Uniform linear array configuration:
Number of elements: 64
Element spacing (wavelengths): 1
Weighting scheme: binomial
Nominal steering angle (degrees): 45
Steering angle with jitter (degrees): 45.899
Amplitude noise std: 0.05
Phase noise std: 0.05

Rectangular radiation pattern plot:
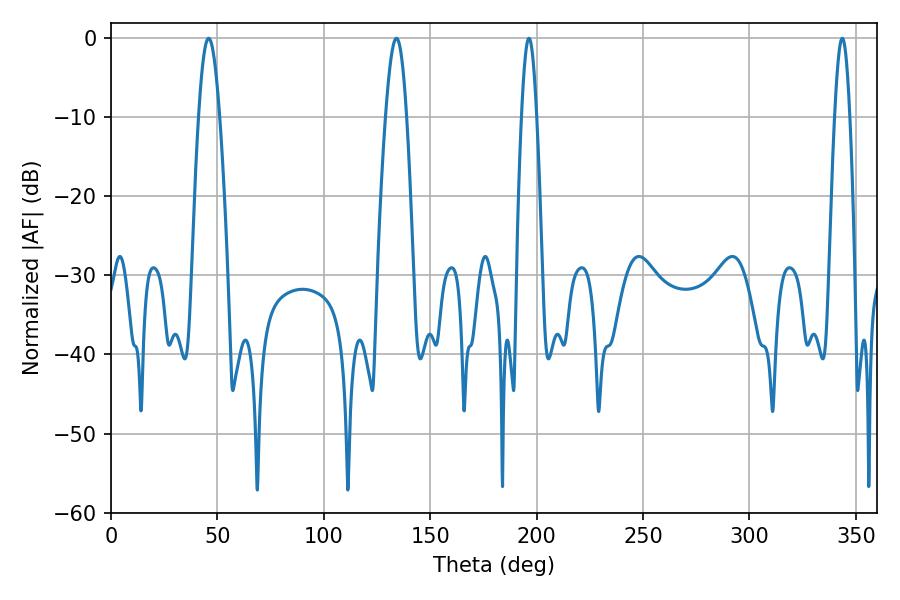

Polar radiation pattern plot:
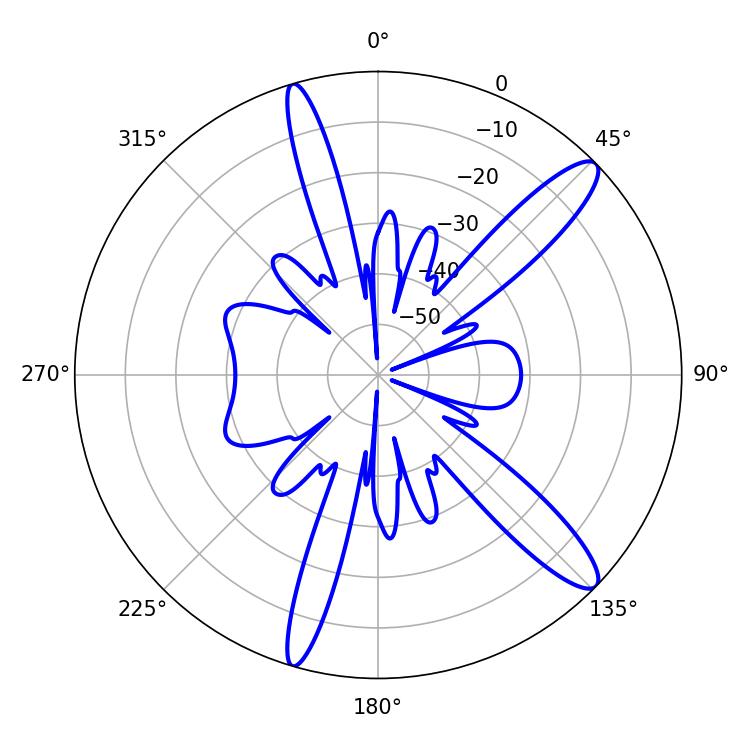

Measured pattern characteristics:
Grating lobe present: TRUE
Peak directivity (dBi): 12.847
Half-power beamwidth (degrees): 3.78
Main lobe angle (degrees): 196.38